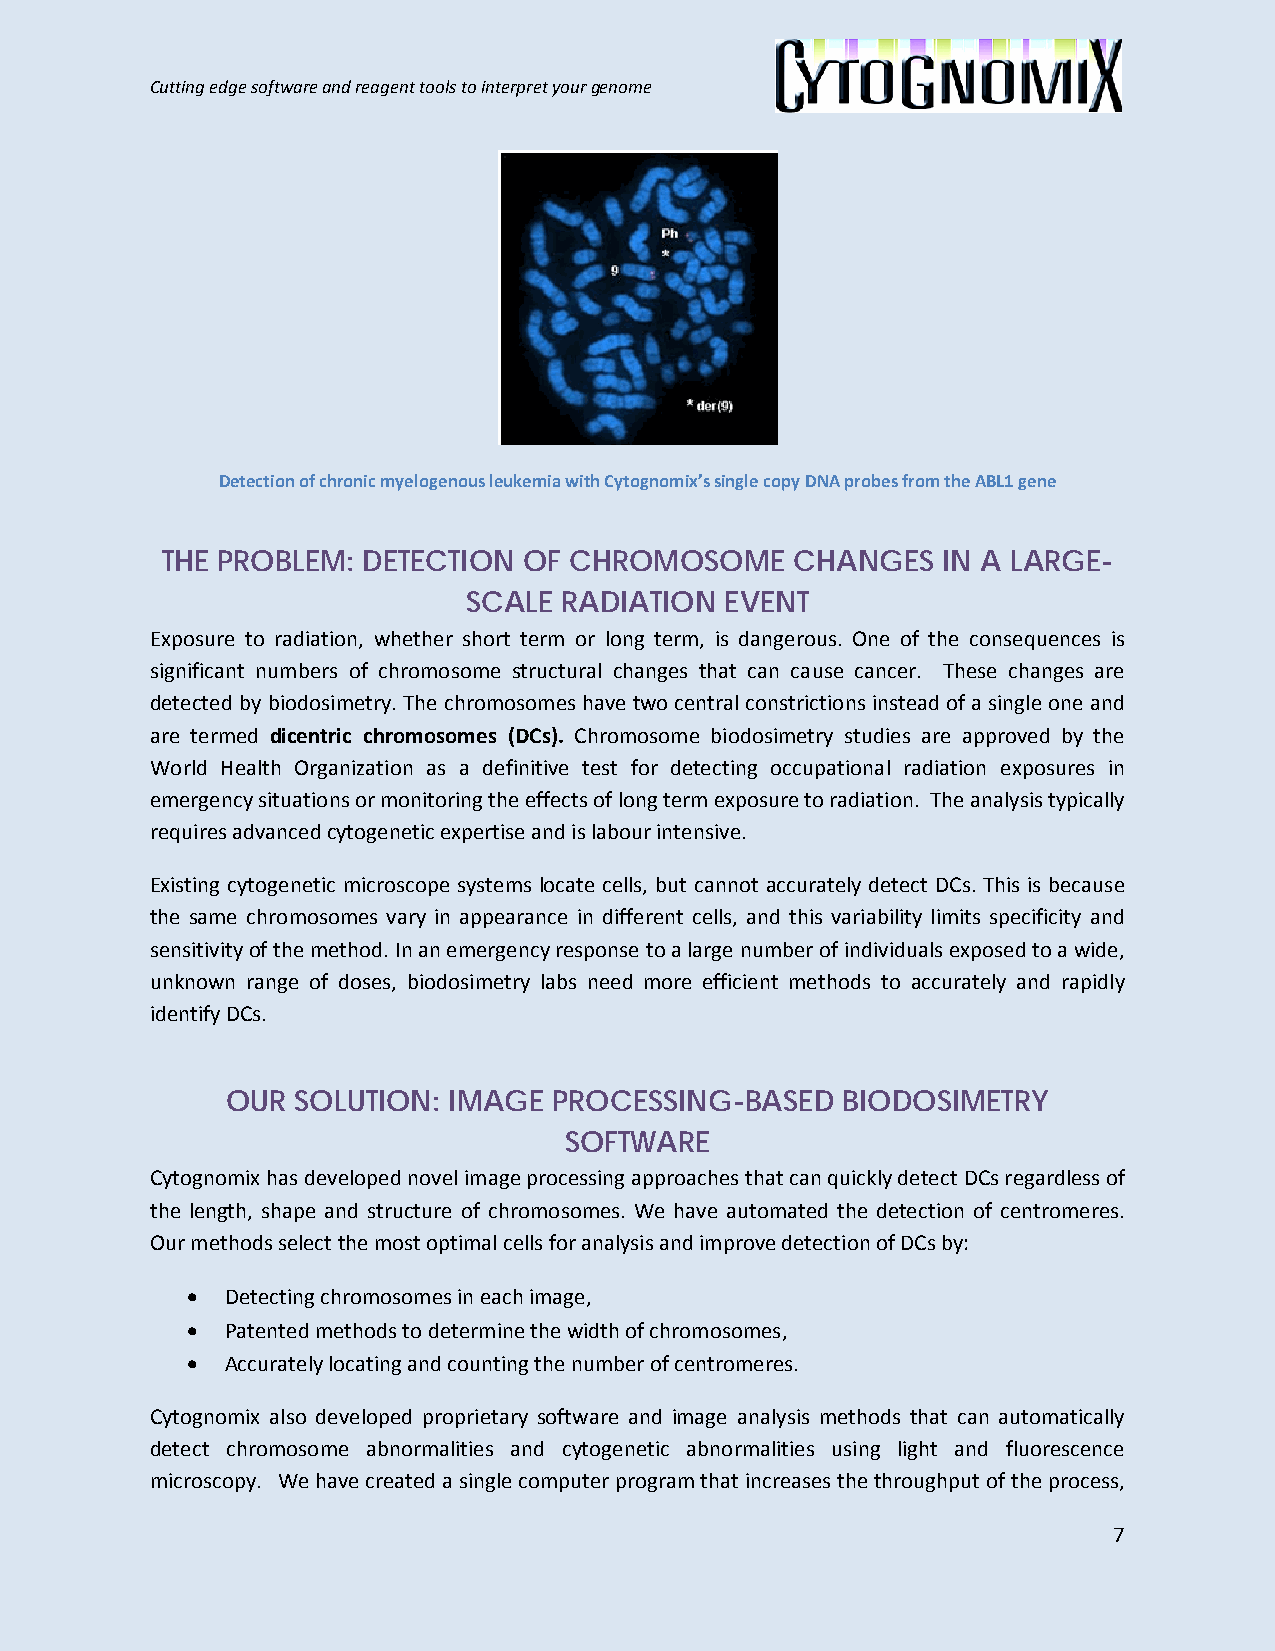
Cutting edge software and reagent tools to interpret your genome
 Detection of chronic myelogenous leukemia with Cytognomix’s single copy DNA probes from the ABL1 gene
 THE PROBLEM: DETECTION  OF CHROMOSOME     CHANGES  IN A LARGE-
 SCALE RADIATION  EVENT
 Exposure to radiation, whether short term or long term, is dangerous. One of the consequences is
 significant numbers of chromosome structural changes that can cause cancer. These changes are
 detected by biodosimetry. The chromosomes have two central constrictions instead of a single one and
 are termed dicentric chromosomes (DCs). Chromosome biodosimetry studies are approved by the
 World Health Organization as a definitive test for detecting occupational radiation exposures in
 emergency situations or monitoring the effects of long term exposure to radiation. The analysis typically
 requires advanced cytogenetic expertise and is labour intensive.
 Existing cytogenetic microscope systems locate cells, but cannot accurately detect DCs. This is because
 the same chromosomes vary in appearance in different cells, and this variability limits specificity and
 sensitivity of the method. In an emergency response to a large number of individuals exposed to a wide,
 unknown range of doses, biodosimetry labs need more efficient methods to accurately and rapidly
 identify DCs.
 OUR SOLUTION:  IMAGE  PROCESSING-BASED   BIODOSIMETRY
 SOFTWARE
 Cytognomix has developed novel image processing approaches that can quickly detect DCs regardless of
 the length, shape and structure of chromosomes. We have automated the detection of centromeres.
 Our methods select the most optimal cells for analysis and improve detection of DCs by:
 •  Detecting chromosomes in each image,
 •  Patented methods to determine the width of chromosomes,
 •  Accurately locating and counting the number of centromeres.
 Cytognomix also developed proprietary software and image analysis methods that can automatically
 detect chromosome abnormalities and cytogenetic abnormalities using light and fluorescence
 microscopy. We have created a single computer program that increases the throughput of the process,
 7